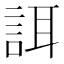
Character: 誀